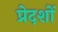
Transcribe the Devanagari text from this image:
प्रेदशों